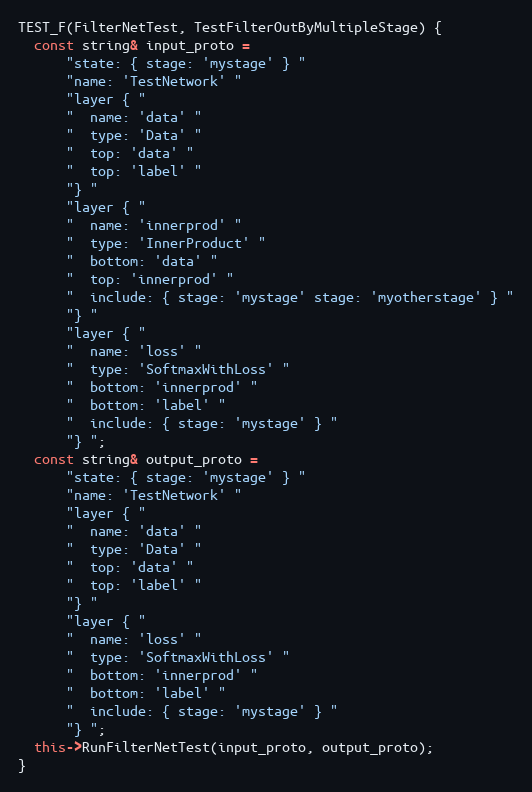
Language: C++
TEST_F(FilterNetTest, TestFilterOutByMultipleStage) {
  const string& input_proto =
      "state: { stage: 'mystage' } "
      "name: 'TestNetwork' "
      "layer { "
      "  name: 'data' "
      "  type: 'Data' "
      "  top: 'data' "
      "  top: 'label' "
      "} "
      "layer { "
      "  name: 'innerprod' "
      "  type: 'InnerProduct' "
      "  bottom: 'data' "
      "  top: 'innerprod' "
      "  include: { stage: 'mystage' stage: 'myotherstage' } "
      "} "
      "layer { "
      "  name: 'loss' "
      "  type: 'SoftmaxWithLoss' "
      "  bottom: 'innerprod' "
      "  bottom: 'label' "
      "  include: { stage: 'mystage' } "
      "} ";
  const string& output_proto =
      "state: { stage: 'mystage' } "
      "name: 'TestNetwork' "
      "layer { "
      "  name: 'data' "
      "  type: 'Data' "
      "  top: 'data' "
      "  top: 'label' "
      "} "
      "layer { "
      "  name: 'loss' "
      "  type: 'SoftmaxWithLoss' "
      "  bottom: 'innerprod' "
      "  bottom: 'label' "
      "  include: { stage: 'mystage' } "
      "} ";
  this->RunFilterNetTest(input_proto, output_proto);
}